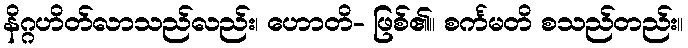
နိဂ္ဂဟိတ်လာသည်လည်း၊ ဟောတိ- ဖြစ်၏။ စင်္ကမတိ စသည်တည်း။